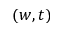
( w , t )